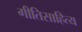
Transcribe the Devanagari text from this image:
गीतिसाहित्य